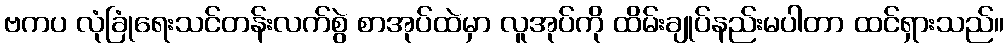
ဗကပ လုံခြုံရေးသင်တန်းလက်စွဲ စာအုပ်ထဲမှာ လူအုပ်ကို ထိမ်းချုပ်နည်းမပါတာ ထင်ရှားသည်။